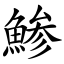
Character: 鯵